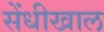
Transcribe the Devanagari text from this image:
सेंधीखाल